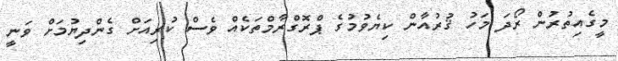
މީގެއިތުރުން ރޯދަ މަހު ޤުރުއާން ކިޔެވުމުގެ ޕްރޮގްރާމްތަކެއް ވެސް ކުރިއަށް ގެންދިޔުމަށް ވަނީ